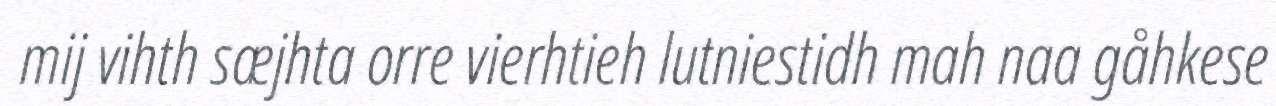
mij vihth sæjhta orre vierhtieh lutniestidh mah naa gåhkese